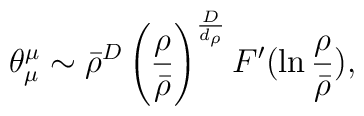
\theta^{\mu}_{\mu} \sim \bar{\rho}^D \left( \frac{\rho}{\bar{\rho}} \right)^{\frac{D}{d_{\rho}}} F'(\ln \frac{\rho}{\bar{\rho}}),